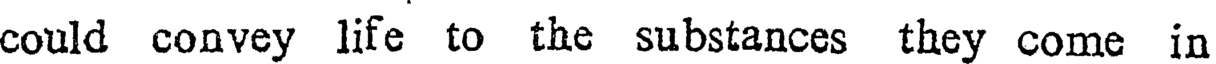
could convey life to the substances they come in